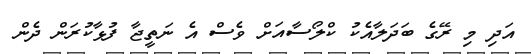
އަދި މި ރޭގެ ބަދަލާއެކު ކްލޯސާއަށް ވެސް އެ ނަތީޖާ ފުޅާކުރަން ދެން